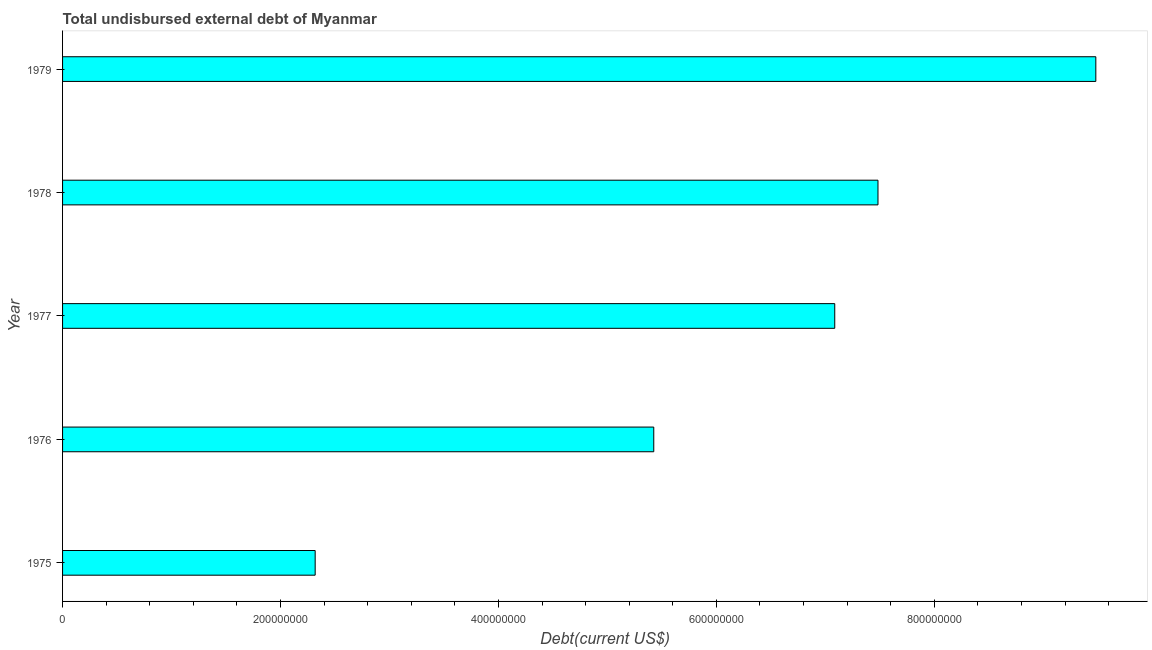
| Year | Total debt |
 | --- | --- |
 | 1975 | 2.32e+08 |
 | 1976 | 5.43e+08 |
 | 1977 | 7.09e+08 |
 | 1978 | 7.48e+08 |
 | 1979 | 9.48e+08 |